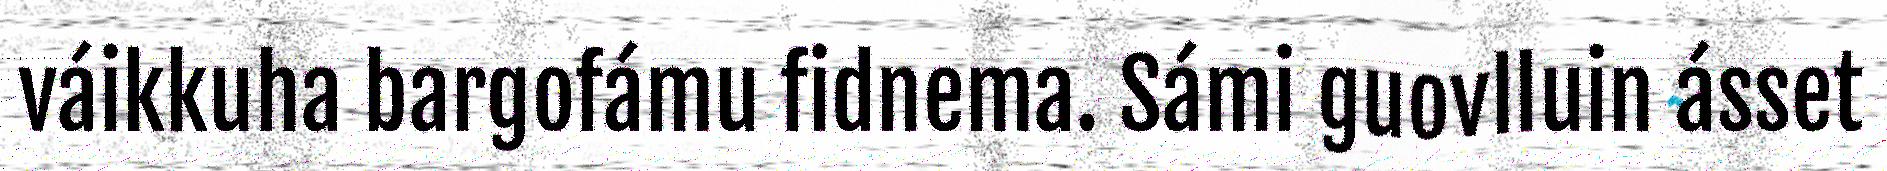
váikkuha bargofámu fidnema. Sámi guovlluin ásset